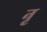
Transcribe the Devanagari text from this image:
नृ